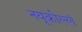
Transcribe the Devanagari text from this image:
नयूकोल्लं